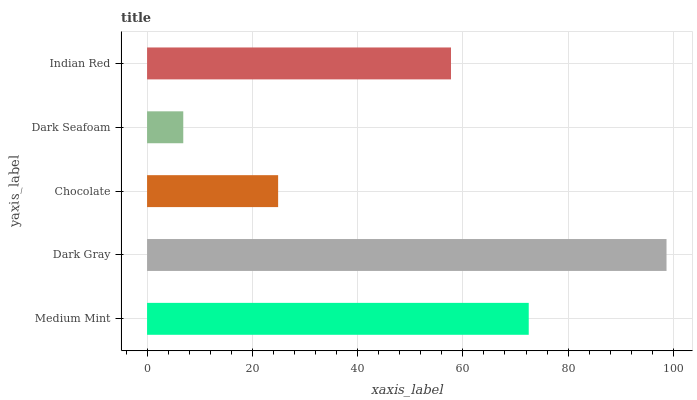
| yaxis_label | bars |
 | --- | --- |
 | Medium Mint | 72.5 |
 | Dark Gray | 98.7 |
 | Chocolate | 24.9 |
 | Dark Seafoam | 6.88 |
 | Indian Red | 57.7 |